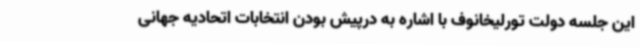
این جلسه دولت تورلیخانوف با اشاره به درپیش بودن انتخابات اتحادیه جهانی